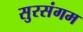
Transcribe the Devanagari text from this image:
सुरसंगम